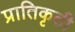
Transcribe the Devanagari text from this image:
प्रातिकृती